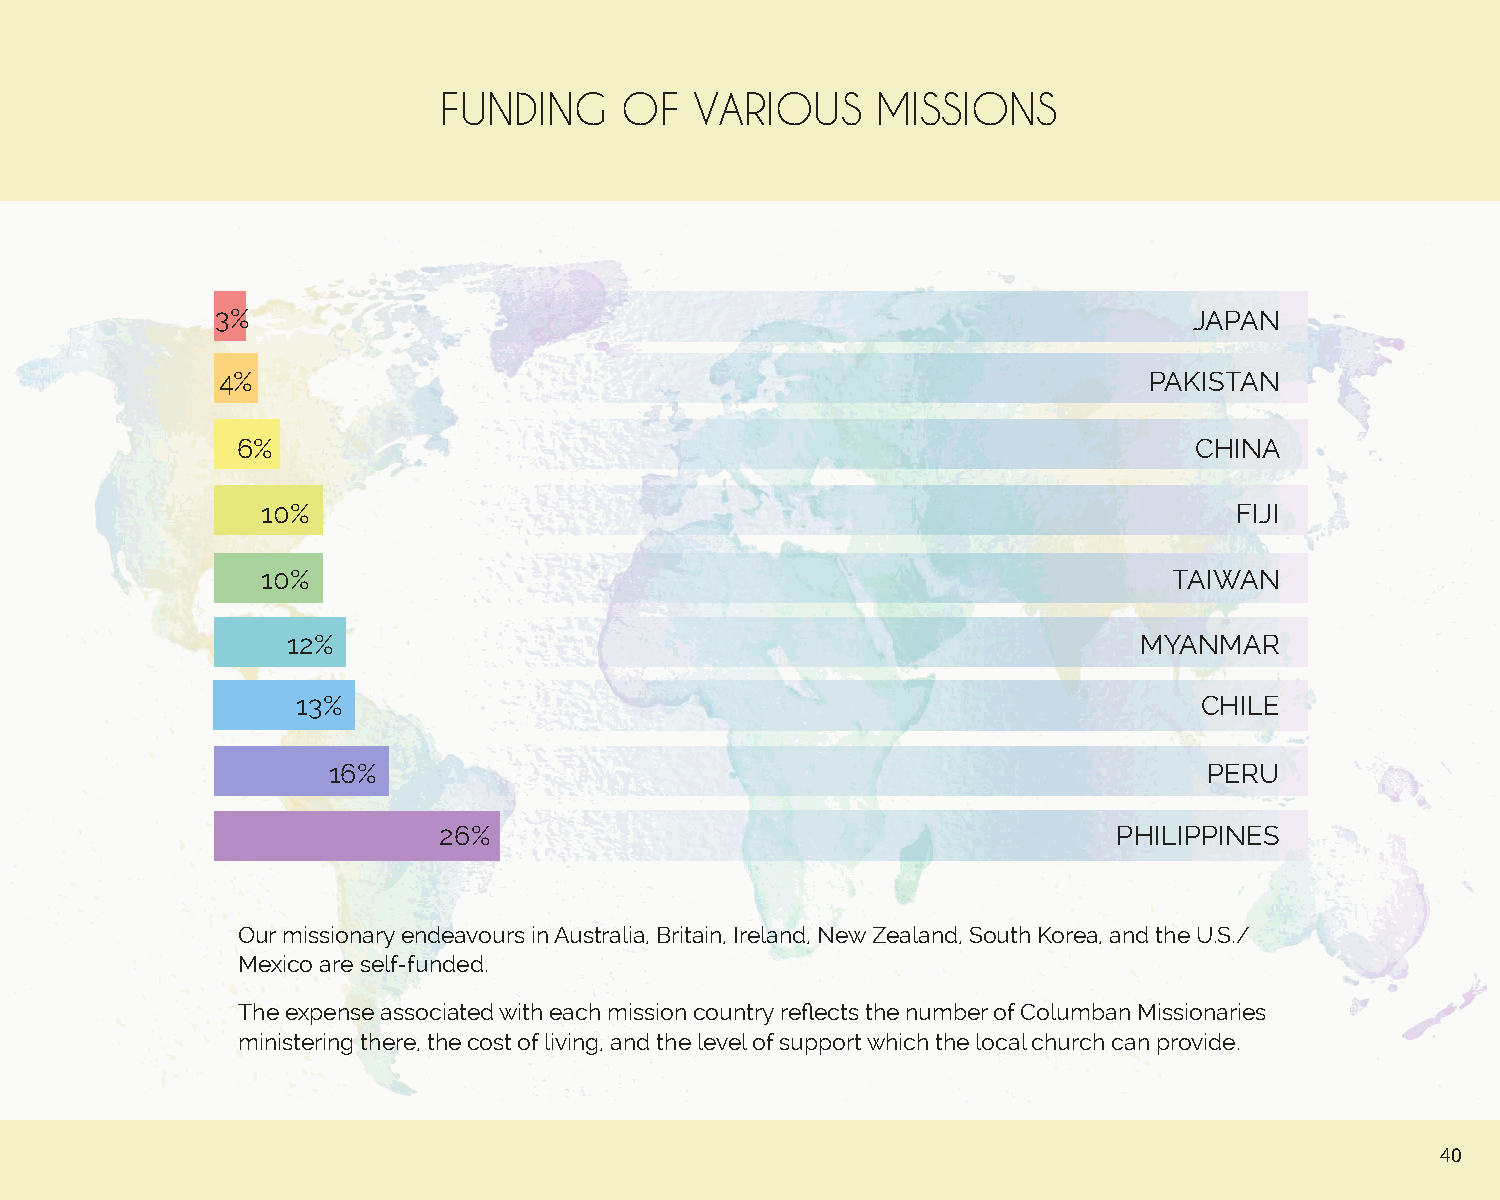
FUNDING     OF   VARIOUS     MISSIONS
 3%                                                               JAPAN
 4%                                                            PAKISTAN
 6%                                                             CHINA
 10%                                                              FIJI
 10%                                                          TAIWAN
 12%                                                     MYANMAR
 13%                                                        CHILE
 16%                                                       PERU
 26%                                          PHILIPPINES
 Our missionary endeavours in Australia, Britain, Ireland, New Zealand, South Korea, and the U.S./
 Mexico are self-funded.
 The expense associated with each mission country reflects the number of Columban Missionaries
 ministering there, the cost of living, and the level of support which the local church can provide.
 40